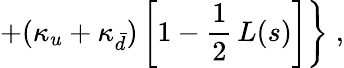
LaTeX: \left.+(\kappa_{u}+\kappa_{\bar{d}})\left[1-\frac{1}{2}\, L(s)\right]\right\} \; ,